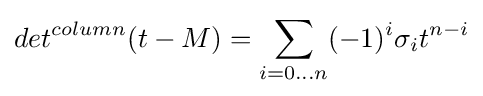
det^{column}(t-M)=\sum _{i=0...n}(-1)^{i}\sigma _{i}t^{n-i}